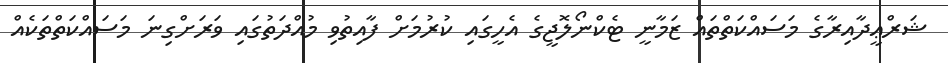
ޝަރްޢީދާއިރާގެ މަސައްކަތްތައް ޒަމާނީ ޓެކްނޯލޮޖީގެ އެހީގައި ކުރުމަށް ފާއިތުވި މުއްދަތުގައި ވަރަށްގިނަ މަސައްކަތްތަކެއް